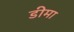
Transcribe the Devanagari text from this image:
डीमा